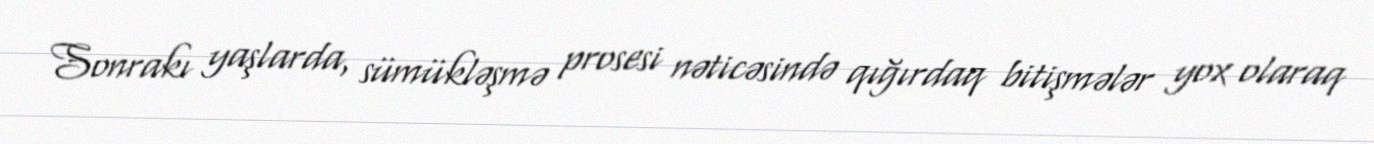
Sonrakı yaşlarda, sümükləşmə prosesi nəticəsində qığırdaq bitişmələr yox olaraq